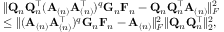
\begin{array} { r l } & { \| \mathbf { Q } _ { n } \mathbf { Q } _ { n } ^ { \top } ( \mathbf { A } _ { ( n ) } \mathbf { A } _ { ( n ) } ^ { \top } ) ^ { q } \mathbf { G } _ { n } \mathbf { F } _ { n } - \mathbf { Q } _ { n } \mathbf { Q } _ { n } ^ { \top } \mathbf { A } _ { ( n ) } \| _ { F } ^ { 2 } } \\ & { \leq \| ( \mathbf { A } _ { ( n ) } \mathbf { A } _ { ( n ) } ^ { \top } ) ^ { q } \mathbf { G } _ { n } \mathbf { F } _ { n } - \mathbf { A } _ { ( n ) } \| _ { F } ^ { 2 } \| \mathbf { Q } _ { n } \mathbf { Q } _ { n } ^ { \top } \| _ { 2 } ^ { 2 } , } \end{array}